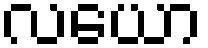
လယော